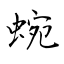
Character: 蜿